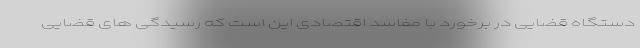
دستگاه قضایی در برخورد با مفاسد اقتصادی این است که رسیدگی های قضایی